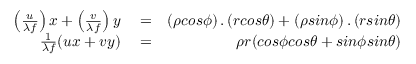
\begin{array} { r l r } { \left( \frac { u } { \lambda f } \right) x + \left( \frac { v } { \lambda f } \right) y } & { { } = } & { \left( \rho c o s \phi \right) . \left( r c o s \theta \right) + \left( \rho s i n \phi \right) . \left( r s i n \theta \right) } \\ { \frac { 1 } { \lambda f } ( u x + v y ) } & { { } = } & { \rho r ( c o s \phi c o s \theta + s i n \phi s i n \theta ) } \end{array}